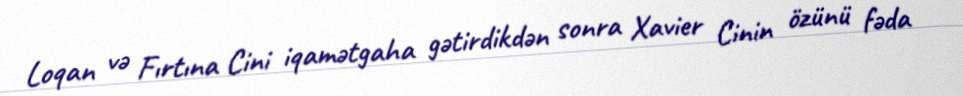
Loqan və Fırtına Cini iqamətgaha gətirdikdən sonra Xavier Cinin özünü fəda